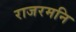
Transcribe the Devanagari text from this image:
राजरमनि